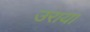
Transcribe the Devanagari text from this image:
उराया